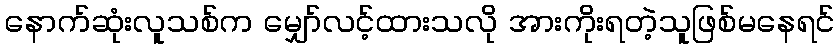
နောက်ဆုံးလူသစ်က မျှော်လင့်ထားသလို အားကိုးရတဲ့သူဖြစ်မနေရင်